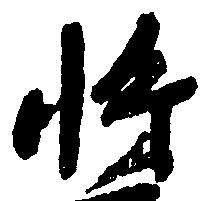
将